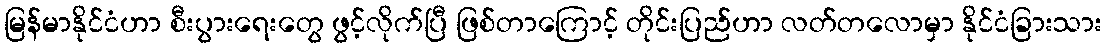
မြန်မာနိုင်ငံဟာ စီးပွားရေးတွေ ဖွင့်လိုက်ပြီ ဖြစ်တာကြောင့် တိုင်းပြည်ဟာ လတ်တလောမှာ နိုင်ငံခြားသား